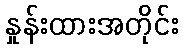
နှုန်းထားအတိုင်း